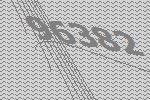
96382